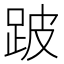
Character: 跛